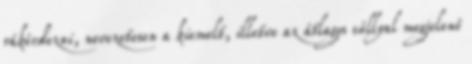
rákérdezni, nevezetesen a kiemelt, illetve az átlagos súllyal megjelenő